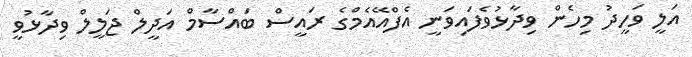
އަލީ ވަހީދު މިހެން ވިދާޅުވެފައިވަނީ އެފްއޭއެމްގެ ރައީސް ބައްސާމް އަދީލް ޖަލީލް ވިދާޅުވީ